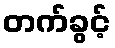
တက်ခွင့်